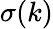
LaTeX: \sigma(k)